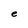
Character: e